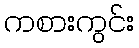
ကစားကွင်း